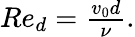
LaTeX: \begin{array}{r}{Re_{d}=\frac{v_{0}d}{\nu}.}\end{array}